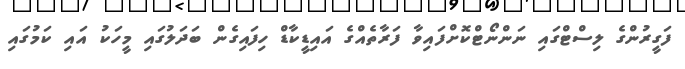
ފަގީރުންގެ ލިސްޓްގައި ނަންނޯޓްކޮށްފައިވާ ފަރާތެއްގެ އައިޑީކާޑް ހިފައިގެން ބަދަލުގައި މީހަކު އައި ކަމުގައި